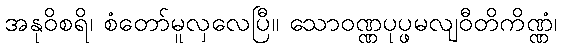
အနုဝိစရိ၊ စံတော်မူလှလေပြီ။ သောဝဏ္ဏပုပ္ဖမလျဝီတိကိဏ္ဏံ၊